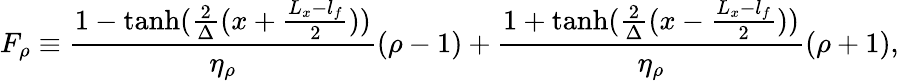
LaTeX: F_{\rho}\equiv\frac{1-\operatorname{tanh}(\frac{2}{\Delta}(x+\frac{L_{x}-l_{f}}{2}))}{\eta_{\rho}}(\rho-1)+\frac{1+\operatorname{tanh}(\frac{2}{\Delta}(x-\frac{L_{x}-l_{f}}{2}))}{\eta_{\rho}}(\rho+1),